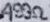
Text: 499Ω